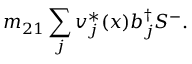
m _ { 2 1 } \sum _ { j } v _ { j } ^ { * } ( x ) b _ { j } ^ { \dag } S ^ { - } .